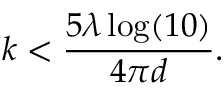
k < \frac { 5 \lambda \log ( 1 0 ) } { 4 \pi d } .